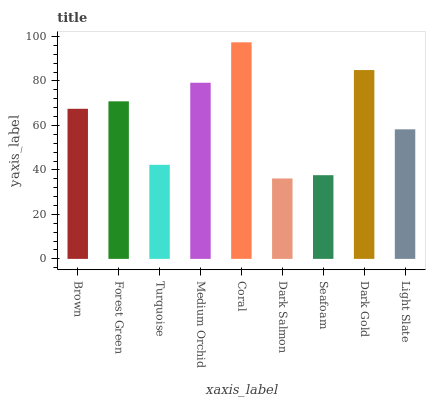
| xaxis_label | bars |
 | --- | --- |
 | Brown | 67.5 |
 | Forest Green | 70.8 |
 | Turquoise | 42.3 |
 | Medium Orchid | 79.2 |
 | Coral | 97.4 |
 | Dark Salmon | 36.2 |
 | Seafoam | 37.6 |
 | Dark Gold | 84.9 |
 | Light Slate | 58.3 |